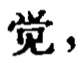
党，